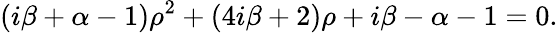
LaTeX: (i\beta+\alpha-1)\rho^{2}+(4i\beta+2)\rho+i\beta-\alpha-1=0.